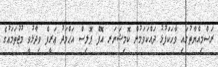
ރަސްމިއްޔާތުގައި ވާހަކަފުޅު ދައްކަވަމުން ކޮމިޝަނަރ އޮފް ޕޮލިސް އަޙްމަދު ޢަރީފް ވިދާޅުވީ މުޖުތަމަޢުގެ